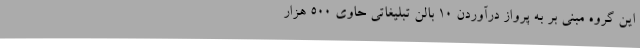
این گروه مبنی بر به پرواز درآوردن ۱۰ بالن تبلیغاتی حاوی ۵۰۰ هزار